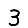
Digit: 3